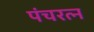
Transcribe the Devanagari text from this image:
पंचरत्‍न